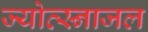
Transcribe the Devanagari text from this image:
ज्योत्स्नाजल